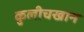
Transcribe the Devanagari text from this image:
कुलीचखान